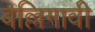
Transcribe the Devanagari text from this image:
बल्लिगावी